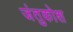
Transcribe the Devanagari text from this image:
जंतुकोश